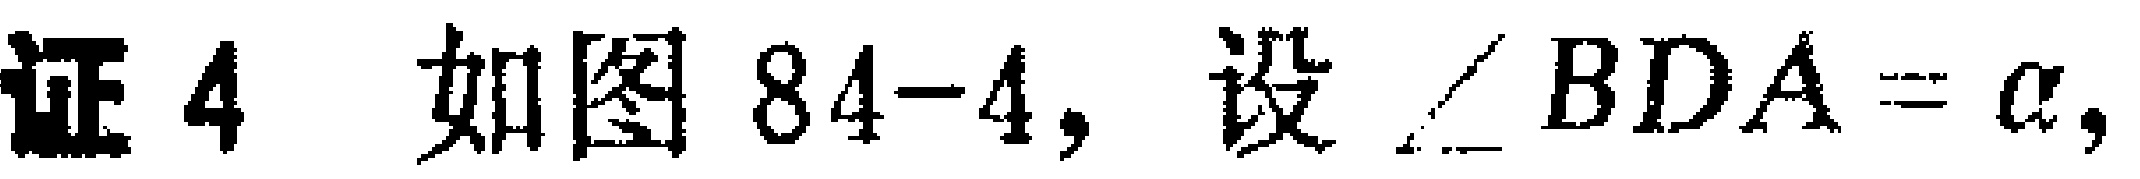
证4 如图84-4，设$\angle BDA = \alpha,$